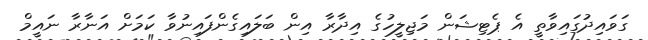
ގަވައިދުގައިވާތީ އެ ޕެޓިޝަން މަޖިލީހުގެ އިދާރާ އިން ބަލައިގެންފައިނުވާ ކަމަށް އަނާރާ ނައީމް